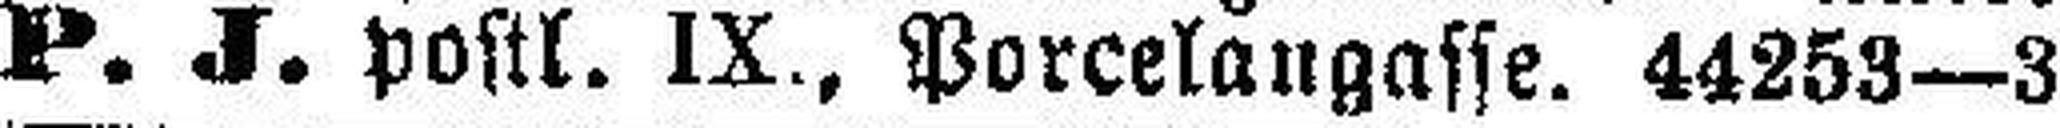
P. J. postl. IX., Porcelangasse. 44253—3